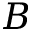
B